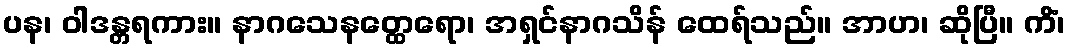
ပန၊ ဝါဒန္တရကား။ နာဂသေနတ္ထေရော၊ အရှင်နာဂသိန် ထေရ်သည်။ အာဟ၊ ဆိုပြီ။ ကိံ၊